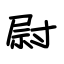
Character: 尉